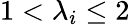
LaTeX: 1<\lambda_{i}\leq 2